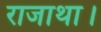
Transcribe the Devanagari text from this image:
राजाथा।